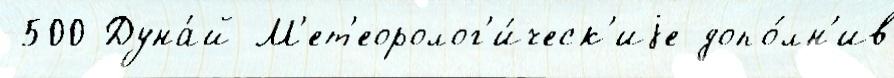
-500 Дуна́й М'ет'еоролог'и́ческ'иjе допо́лн'ив